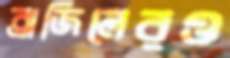
ব্রাজিলেরও